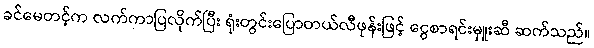
ခင်မေတင့်က လက်ကာပြလိုက်ပြီး ရုံးတွင်းပြောတယ်လီဖုန်းဖြင့် ငွေစာရင်းမှူးဆီ ဆက်သည်။